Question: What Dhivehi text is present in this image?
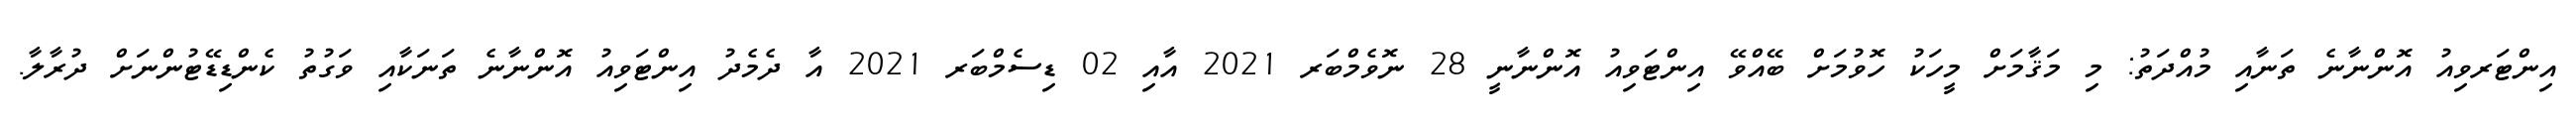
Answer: އިންޓަރވިއު އޮންނާނެ ތަނާއި މުއްދަތު: މި މަޤާމަށް މީހަކު ހޮވުމަށް ބޭއްވޭ އިންޓަވިއު އޮންނާނީ 28 ނޮވެމްބަރ 2021 އާއި 02 ޑިސެމްބަރ 2021 އާ ދެމެދު އިންޓަވިއު އޮންނާނެ ތަނަކާއި ވަގުތު ކެންޑިޑޭޓުންނަށް ދުރާލާ.